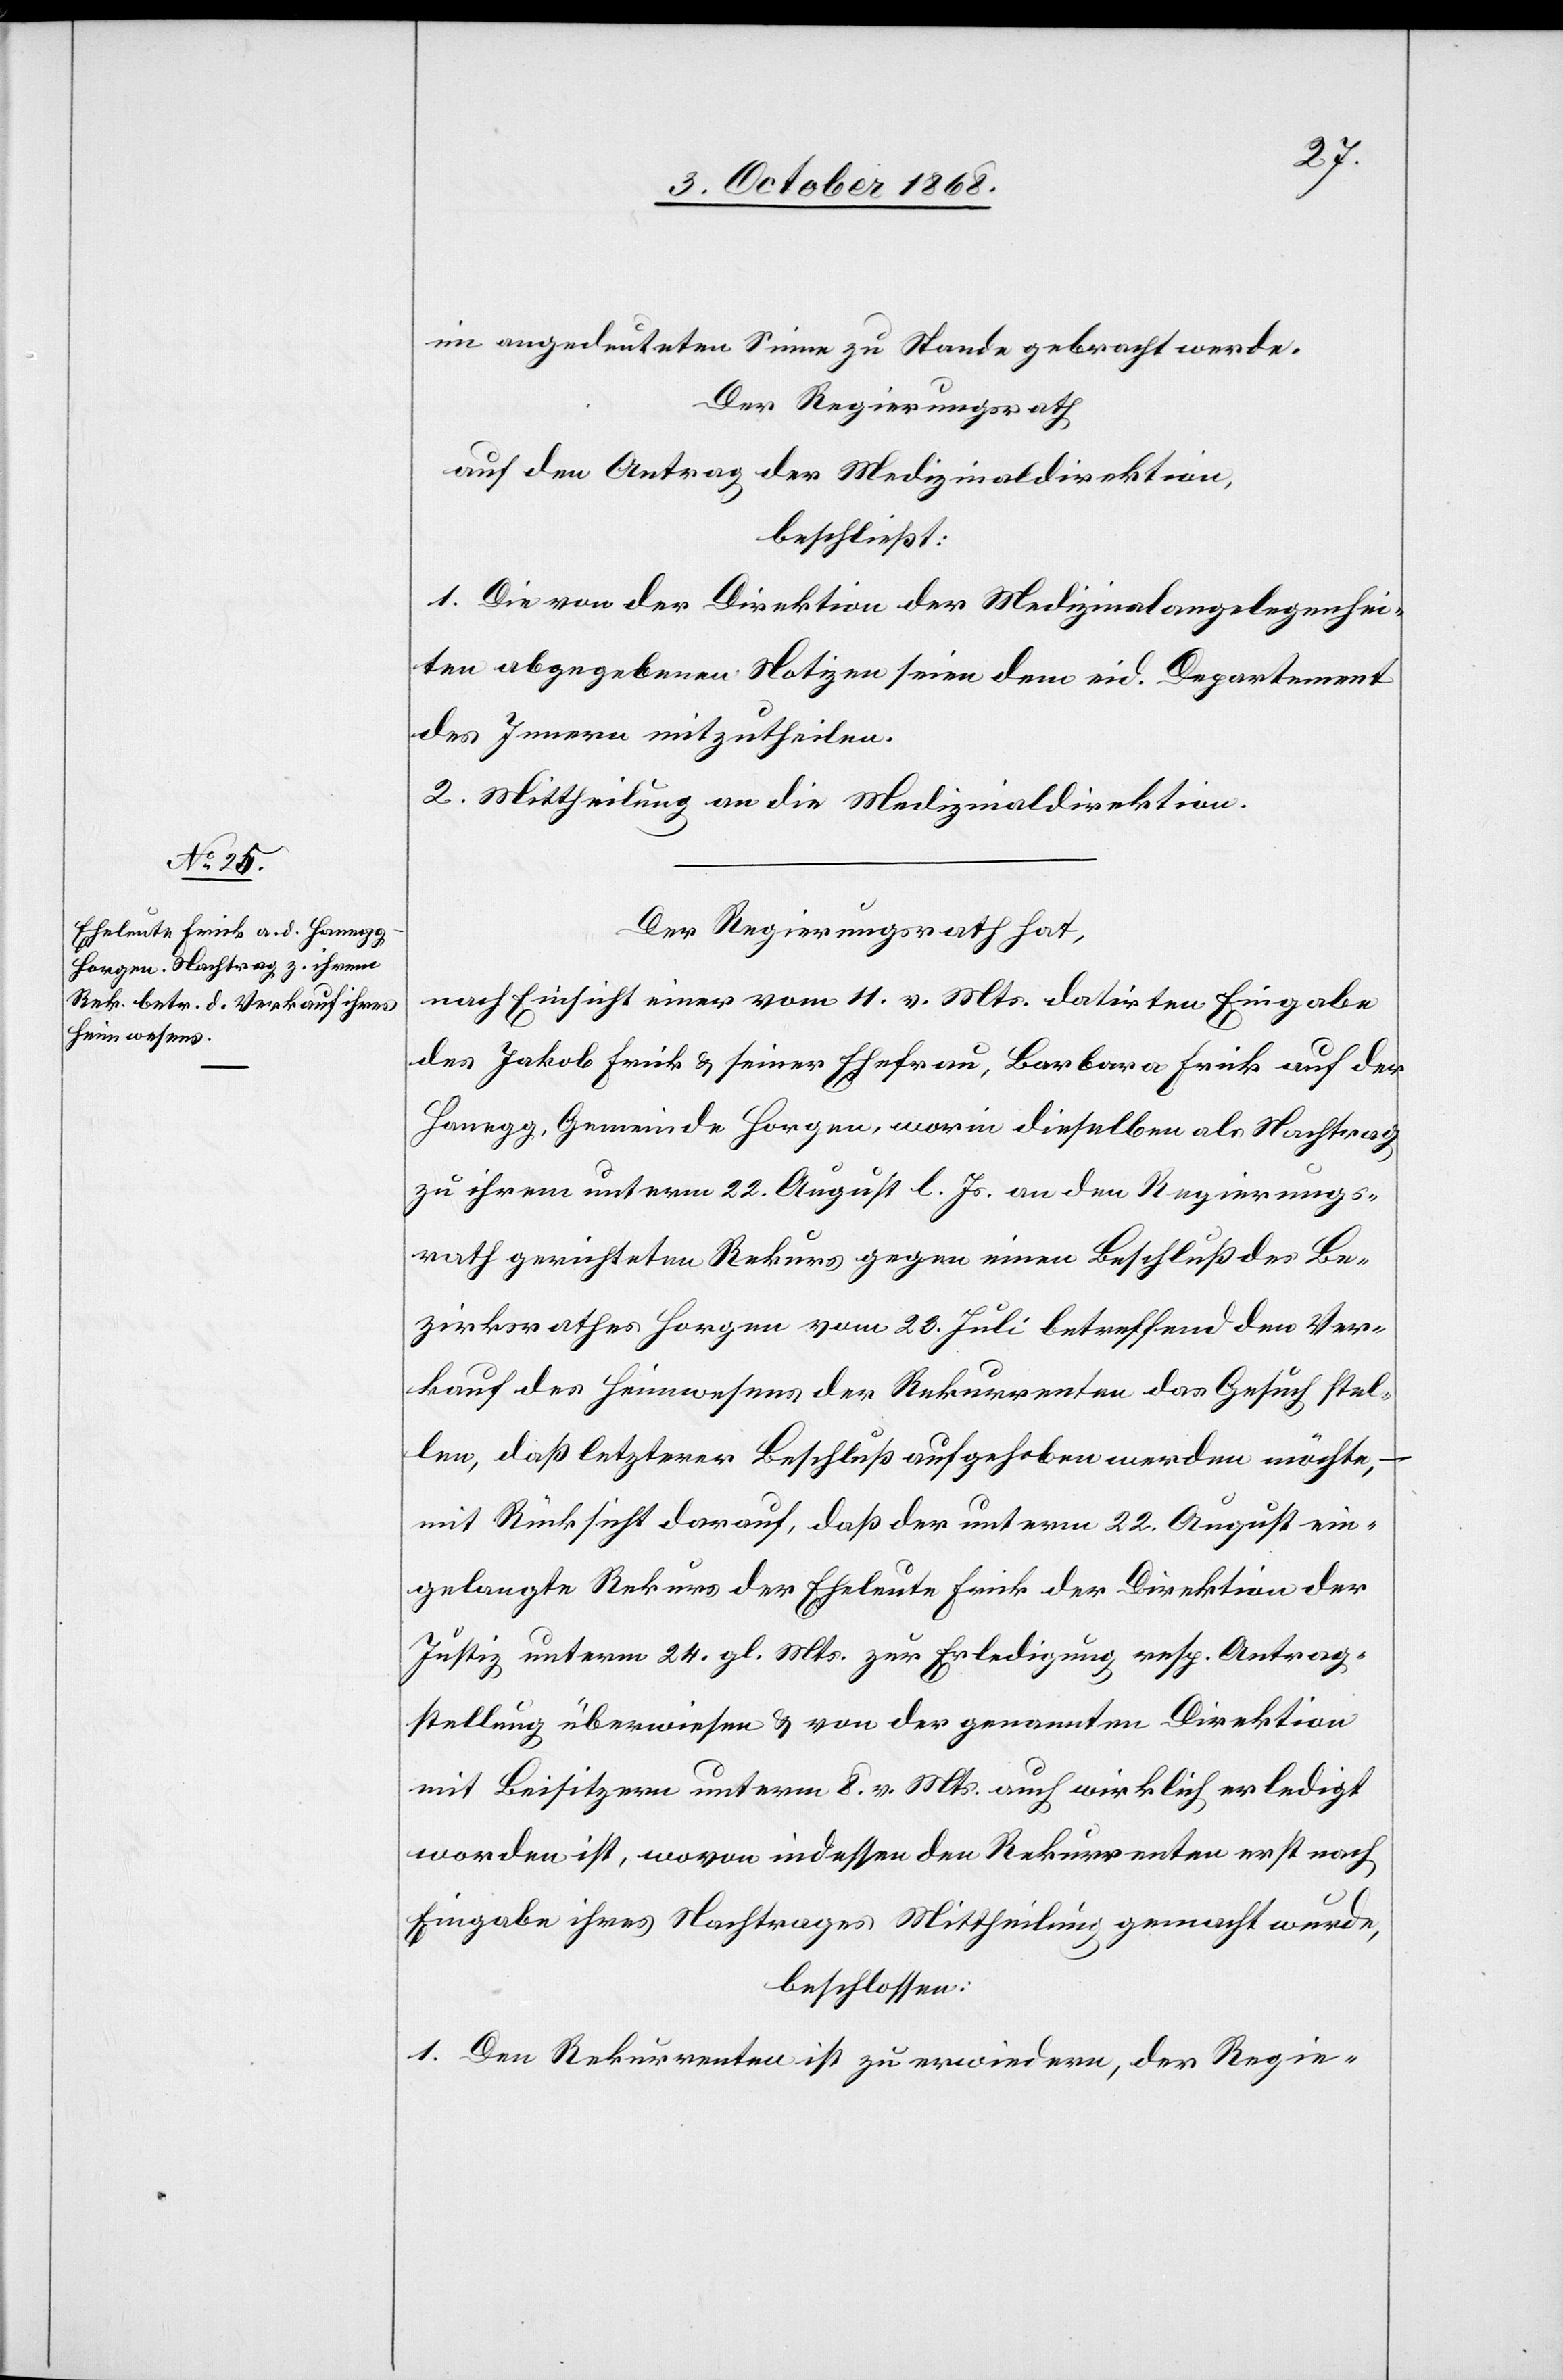
im angedeuteten Sinne zu Stande gebracht werde.
Der Regierungsrath
auf den Antrag der Medizinaldirektion,
beschließt:
1. Die von der Direktion der Medizinalangelegenhei¬
ten abgegebenen Notizen seien dem eid. Departement
des Innern mitzutheilen.
2. Mittheilung an die Medizinaldirektion.
Der Regierungsrath hat,
nach Einsicht einer vom 11. v. Mts. datirten Eingabe
des Jakob Frick & seiner Ehefrau, Barbara Frick auf der
Hanegg, Gemeinde Horgen, worin dieselben als Nachtrag
zu ihrem unterm 22. August l. Js. an den Regierungs¬
rath gerichteten Rekurs gegen einen Beschluß des Be¬
zirksrathes Horgen vom 23. Juli betreffend den Ver¬
kauf des Heimwesens der Rekurrenten das Gesuch stel¬
len, daß letzterer Beschluß aufgehoben werden möchte,
mit Rücksicht darauf, daß der unterm 22. August ein¬
gelangte Rekurs der Eheleute Frick der Direktion der
Justiz unterm 24. gl. Mts. zur Erledigung resp. Antrag¬
stellung überwiesen & von der genannten Direktion
mit Beisitzern unterm 8. v. Mts. auch wirklich erledigt
worden ist, wovon indessen den Rekurrenten erst nach
Eingabe ihres Nachtrages Mittheilung gemacht wurde,
beschlossen:
1. Den Rekurrenten ist zu erwiedern, der Regie-